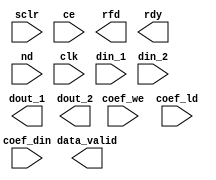
module hbdec3(
  sclr, ce, rfd, rdy, data_valid, coef_we, nd, clk, 
  coef_ld, dout_1, dout_2, din_1, din_2, coef_din
)
/* synthesis syn_black_box black_box_pad_pin="sclr,ce,rfd,rdy,data_valid,coef_we,nd,clk,coef_ld,dout_1[47:0],dout_2[47:0],din_1[23:0],din_2[23:0],coef_din[17:0]" */;
  input sclr;
  input ce;
  output rfd;
  output rdy;
  output data_valid;
  input coef_we;
  input nd;
  input clk;
  input coef_ld;
  output [47:0]dout_1;
  output [47:0]dout_2;
  input [23:0]din_1;
  input [23:0]din_2;
  input [17:0]coef_din;
endmodule